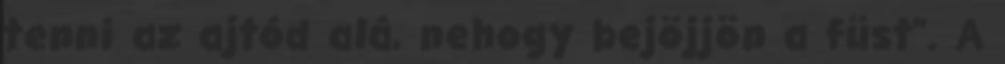
tenni az ajtód alá, nehogy bejöjjön a füst". A